Indian journal of veterinary science and animal husbandry - Volumes 22-23, 1952-1953
Year: 1952
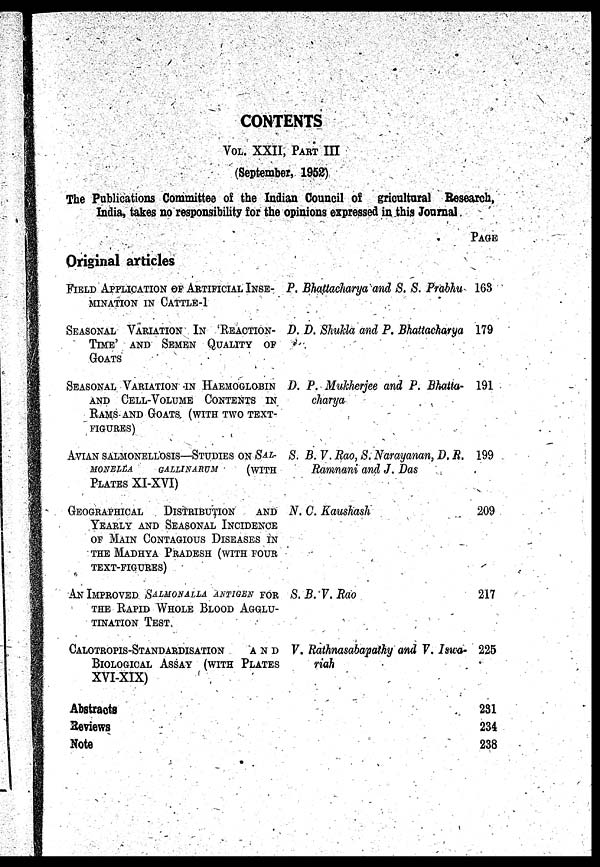
CONTENTS
VOL. XXII, PART III
(September, 1952)
The Publications Committee of the Indian Council of gricultural Research,
India, takes no responsibility for the opinions expressed in this Journal
Original articles
FIELD APPLICATION OF ARTIFICIAL INSE-
MINATION IN CATTLE-1
SEASONAL VARIATION IN 'REACTION-
TIME' AND SEMEN QUALITY OF
GOATS
SEASONAL VARIATION IN HAEMOGLOBIN
AND CELL-VOLUME CONTENTS IN
RAMS AND GOATS (WITH TWO TEXT-
FIGURES)
AVIAN SALMONELLOSIS—STUDIES ON /SAL-
MONELLA GALLINARUM (WITH
PLATES XI-XVI)
GEOGRAPHICAL DISTRIBUTION AND
YEARLY AND SEASONAL INCIDENCE
OF MAIN CONTAGIOUS DISEASES IN
THE MADHYA PRADESH (WITH FOUR
TEXT-FIGURES)
AN IMPROVED SALMONALLA ANTIGEN FOR
THE RAPID WHOLE BLOOD AGGLU-
TINATION TEST
CALOTROPIS-STANDARDISATION AND
BIOLOGICAL ASSAY (WITH PLATES
XVI-XIX)
P. Bhattacharya and S. S. Prabhu
D. D. Shukla and P. Bhattacharya
D. P. Mukherjee and P. Bhatta-
charya
S. B.V. Rao, S. Narayanan, D. R.
Ramnani and J. Das
N. C. Kaushash
S. B.V. Rao
V. Rathnasabapathy and V. Iswa-
riah
Abstracts
Reviews
Note
PAGE
163
179
191
199
209
217
225
231
234
238